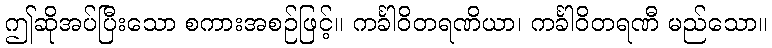
ဤဆိုအပ်ပြီးသော စကားအစဉ်ဖြင့်။ ကင်္ခါဝိတရဏိယာ၊ ကင်္ခါဝိတရဏီ မည်သော။